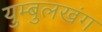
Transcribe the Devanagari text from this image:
युम्बुलखंग